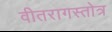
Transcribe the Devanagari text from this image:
वीतरागस्तोत्र